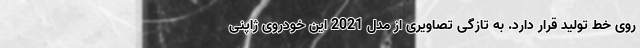
روی خط تولید قرار دارد. به تازگی تصاویری از مدل 2021 این خودروی ژاپنی